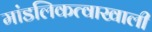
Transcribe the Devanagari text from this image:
मांडलिकत्वाखाली